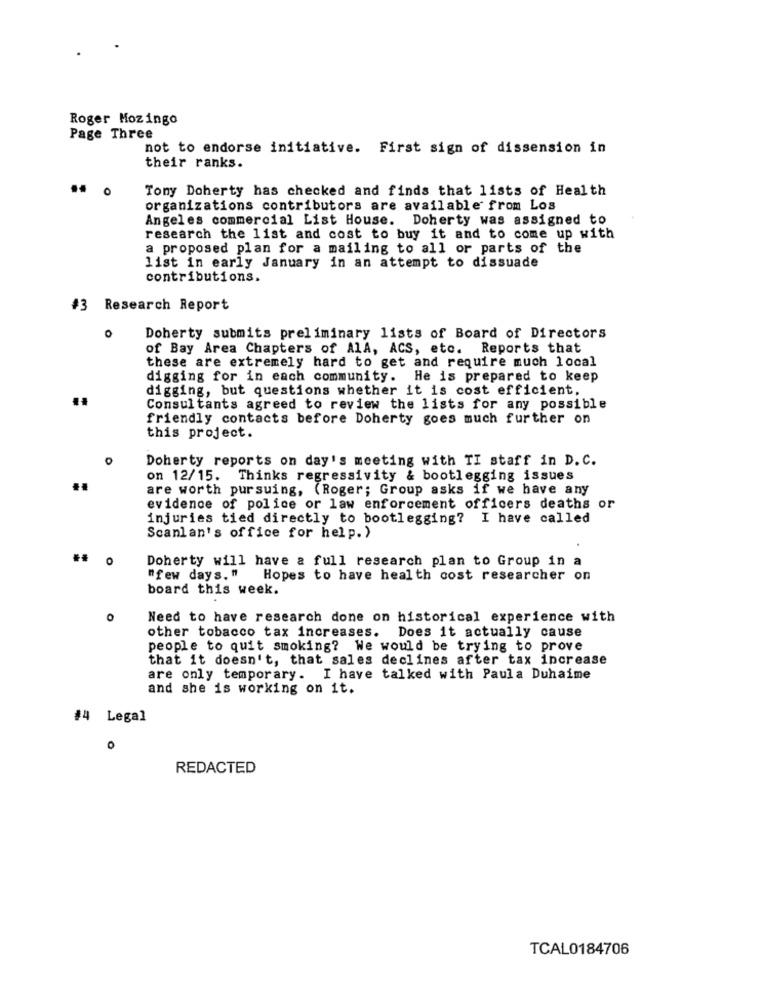
Roger Mozingo
Page Three
not to endorse initiative. First sign of dissension in
their ranks.
0
Tony Doherty has checked and finds that lists of Health
organizations contributors are available from Los
Angeles commercial List House. Doherty was assigned to
research the list and cost to buy it and to come up with
a proposed plan for a mailing to all or parts of the
list in early January in an attempt to dissuade
contributions.
#3 Research Report
Doherty submits preliminary lists of Board of Directors
of Bay Area Chapters of AlA, ACS, etc. Reports that
these are extremely hard to get and require much local
digging for in each community. He is prepared to keep
digging, but questions whether it is cost efficient.
Consul tants agreed to review the lists for any possible
friendly contacts before Doherty goes much further on
this project.
Doherty reports on day's meeting with TI staff in D.C.
on 12/15. Thinks regressivity & bootlegging issues
are worth pursuing, (Roger; Group asks if we have any
evidence of police or law enforcement officers deaths or
injuries tied directly to bootlegging? I have called
Scanlan's office for help.)
O
Doherty will have a full research plan to Group in a
"few days." Hopes to have health cost researcher on
board this week.
O
Need to have research done on historical experience with
other tobacco tax increases.
Does it actually cause
people to quit smoking? We would be trying to prove
that it doesn't, that sales declines after tax increase
are only temporary. I have talked with Paula Duhaime
and she is working on it.
#4 Legal
O
REDACTED
TCAL0184706